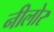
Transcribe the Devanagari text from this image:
नीलोर